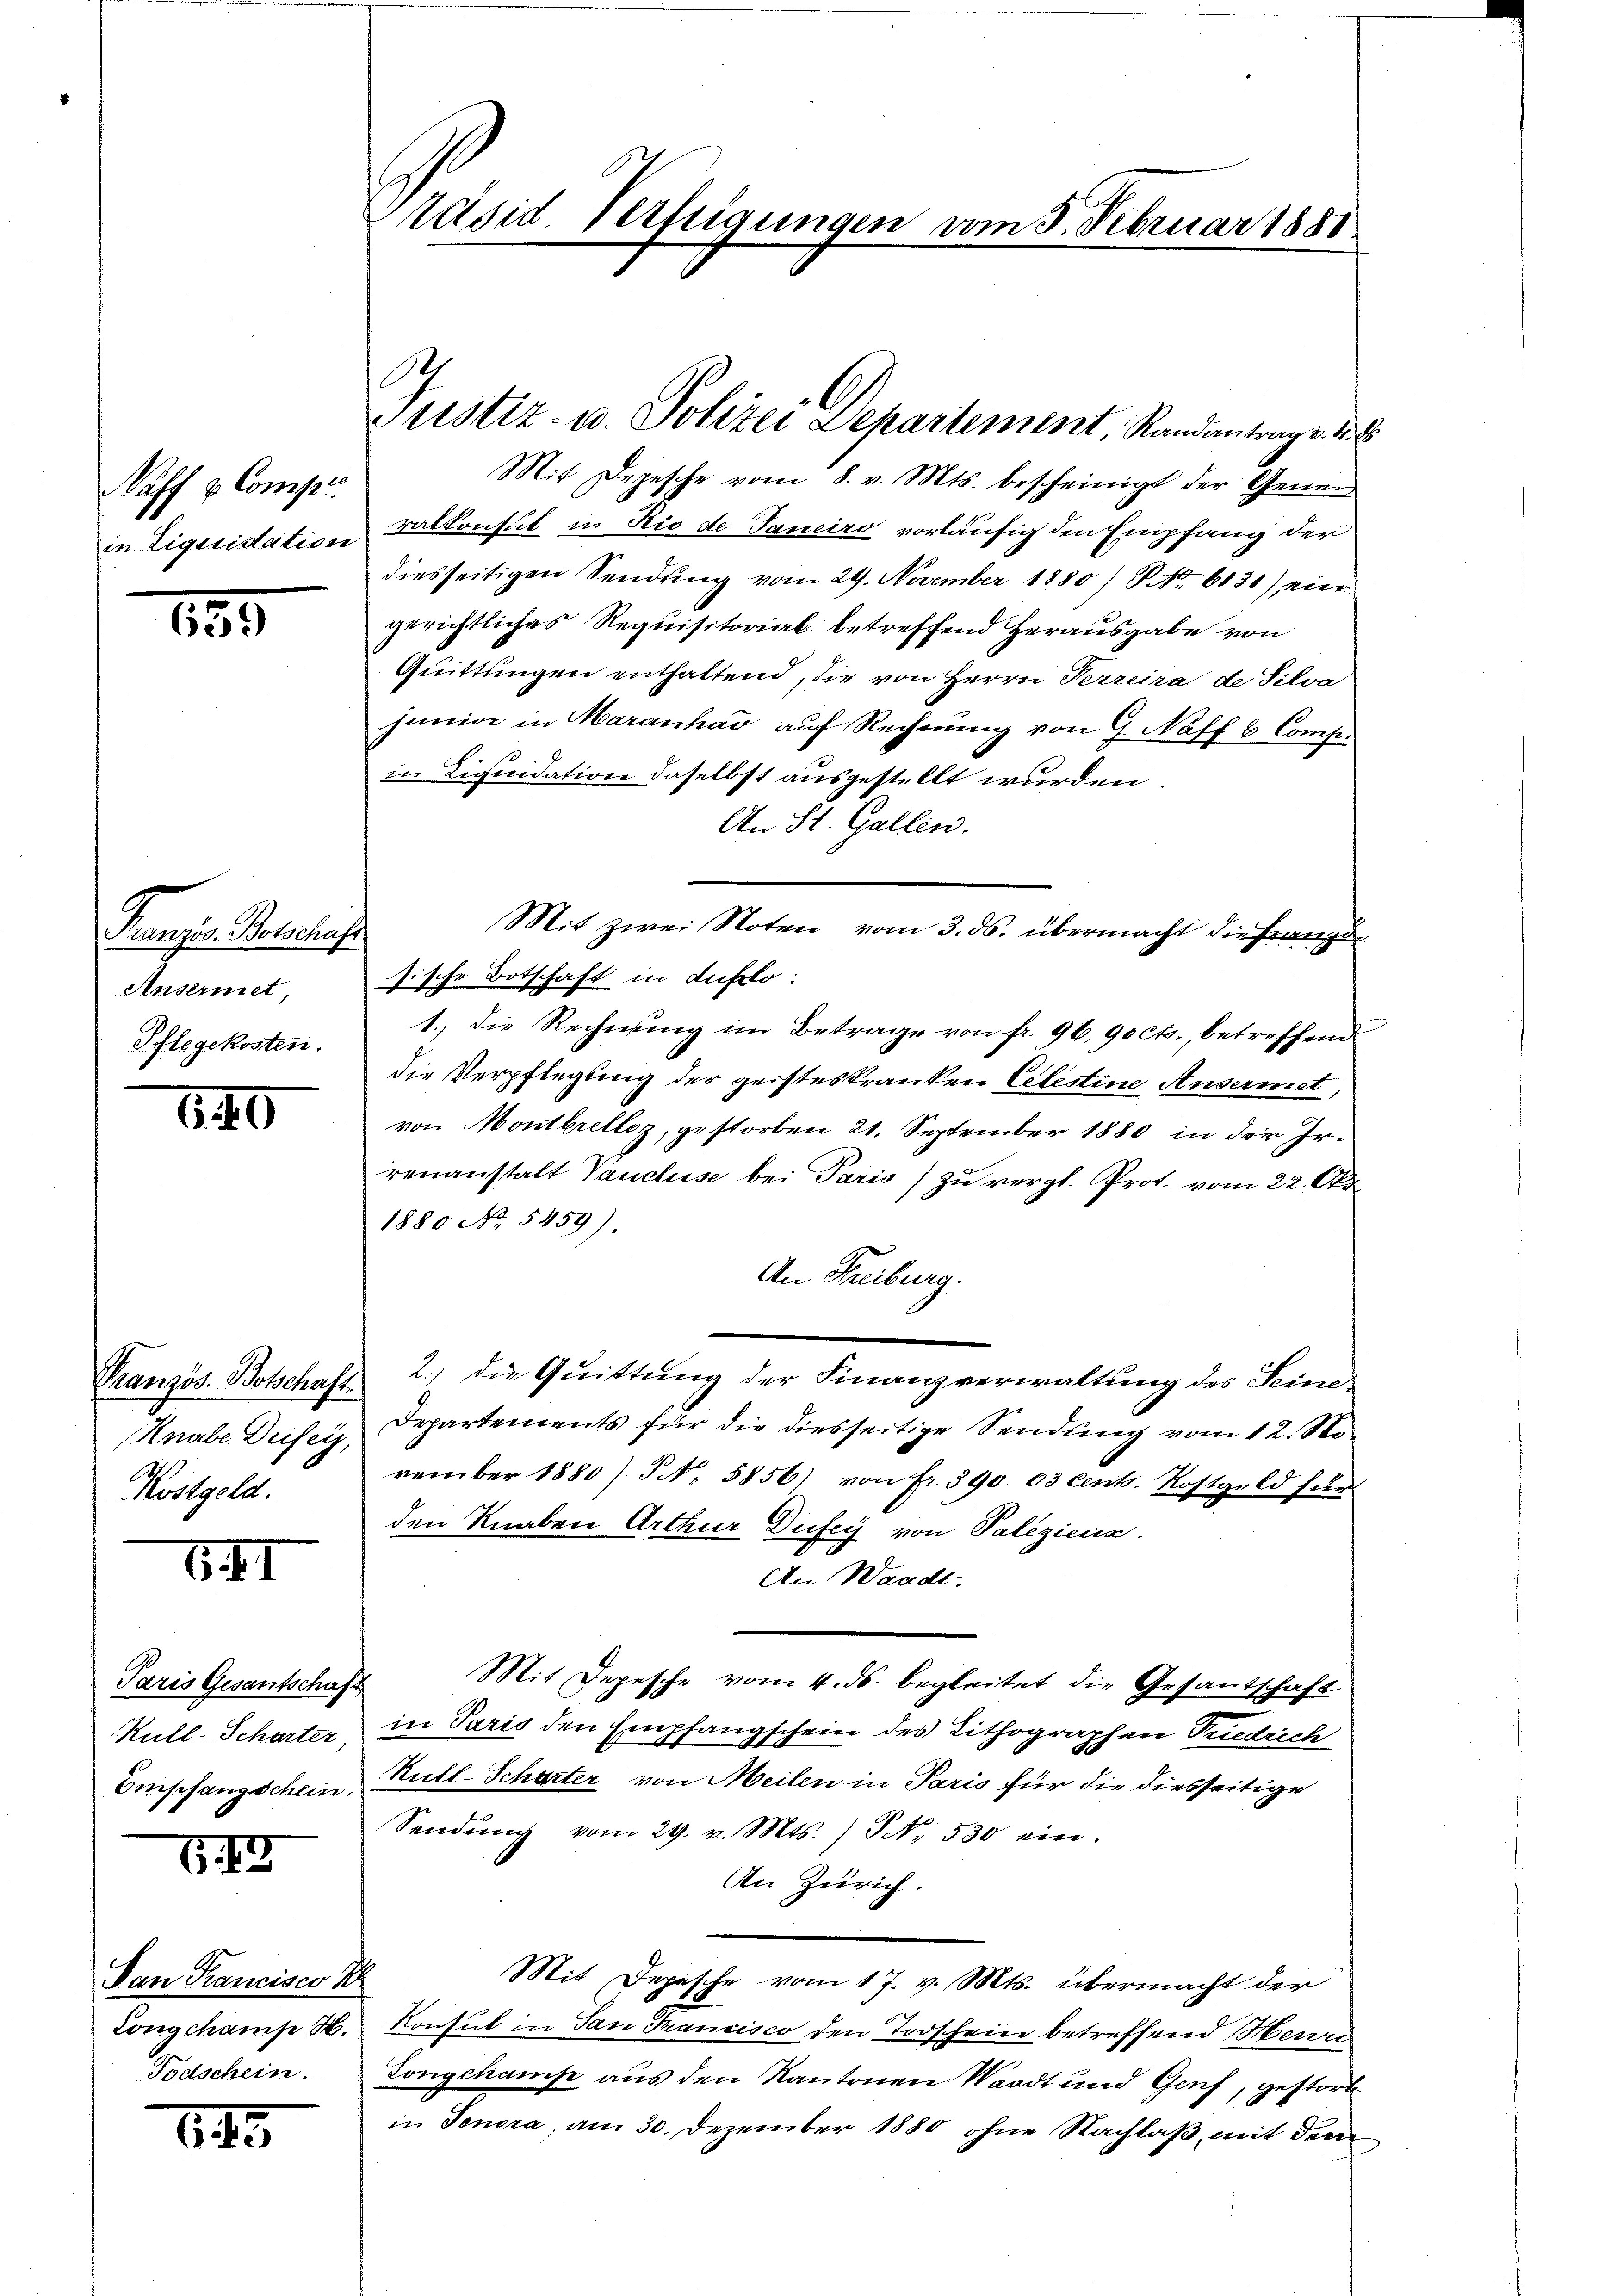
aff u. Compis
in Liquidation

135

Franzis Botschaft
Ansermet,
Pflegekosten.

Französ. Botschaft.
Knabe Driser,
Kostgeld.

640

5II

Paris Gesantschaft
Kull-Scharter
Empfangschein.

613

San Francisco B.
Longchamp H.
Todschein.

645

Päsid Verfügungen vom 3. Februar 1881

e
Justiz- u. Polizei Departement Randantrage de

sische Botschaft in duflo:

Mit Depesche vom 8. v. Mts. bescheinigt der Gener
ralkonsul in Rio de Janeiro vorläufig den Empfang der
diesseitigen Sendung vom 29. November 1880) NNo. 6130) ein
gerichtliches Requisitorial betreffend Herausgabe von
Quittungen enthaltend, die von Herrn Perreira de Silva
junior in Maranhar auf Rechnung von G. Naff 6 Comp
in Liquidation daselbst ausgestellt wurden.
An St. Gallen.
Mit zwei Noten vom 3. ds. übermacht die Franz de
1.) Die Rechnung im Betrage von fr. 96. 90 cts., betreffend
die Verpflegung der geisteskranken Celestine Ansermet,
von Montbrelloz, gestorben 21. September 1880 in der Irrenanstalt Vancluse bei Paris) zu vergl. Prot. vom 22. Ap
1880 No. 5459).
An Freiburg.
2.) die Quittung der Finanzverwaltung des Seine
Departements für die diesseitige Sendung vom 12. November 1880) S. Nr. 5856) von fr. 390. 03 cent. Kostgeld für
den Knaben Arthur Dufey von Paliziena.
An Waadt.
Mit Depesche vom 4. ds. begleitet die Gesantschaft
in Paris den Empfangschein des Lithographen Priedrich
Kull-Scharter von Meilen in Paris für die diesseitige
Sendŭng vom 29. v. Mts. ) NNo. 530 ein-
An Zürich
Mit Depesche vom 17. v. Mts. übermacht der
Konsul in San Francisco den Todschein betreffend Herri
Longchamp aus den Kantonen Waadt und Genf, gestorb
in Tenora am 30. Dezember 1880 ohne Nachlaß, mit dem